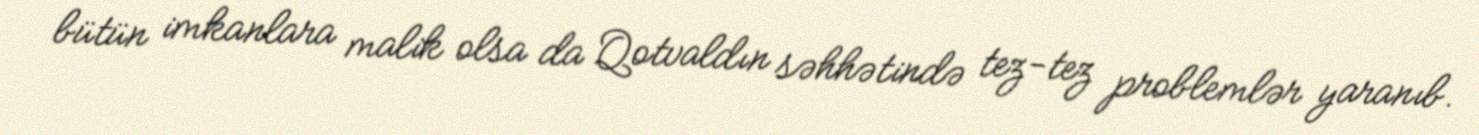
bütün imkanlara malik olsa da Qotvaldın səhhətində tez-tez problemlər yaranıb.